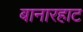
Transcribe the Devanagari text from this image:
बानारहाट